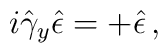
i\hat{\gamma}_{y}\hat{\epsilon}=+\hat{\epsilon}\, ,